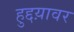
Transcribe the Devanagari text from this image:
हुद्दय़ावर